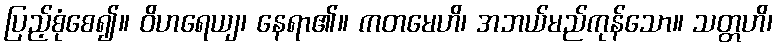
ပြည့်စုံစေ၍။ ဝိဟရေယျ၊ နေရာ၏။ ကတမေဟိ၊ အဘယ်မည်ကုန်သော။ သတ္တဟိ၊